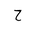
Letter: _ha